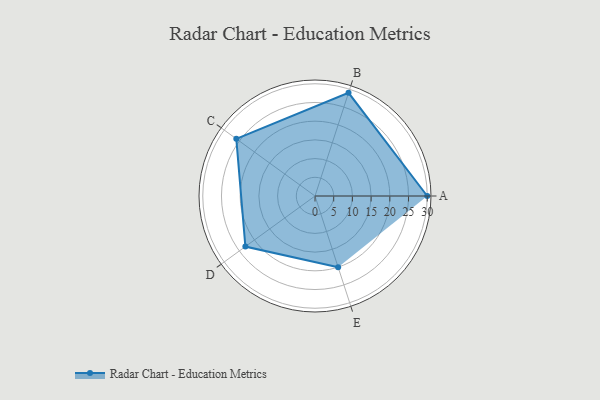
{"axis": {"x": "Skill", "y": "Score"}, "legend": ["Profile"], "data": [{"x": "A", "y": 30.0, "type": "Profile"}, {"x": "B", "y": 29.0, "type": "Profile"}, {"x": "C", "y": 26.0, "type": "Profile"}, {"x": "D", "y": 23.0, "type": "Profile"}, {"x": "E", "y": 20.0, "type": "Profile"}]}